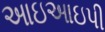
આઇઆઇપી